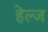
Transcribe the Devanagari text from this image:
हेल्ज